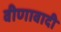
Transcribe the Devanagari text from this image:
वीणावादी